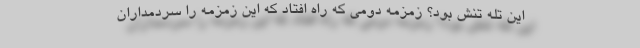
این تله تنش بود؟ زمزمه دومی که راه افتاد که این زمزمه را سردمداران